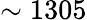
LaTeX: \sim 1305